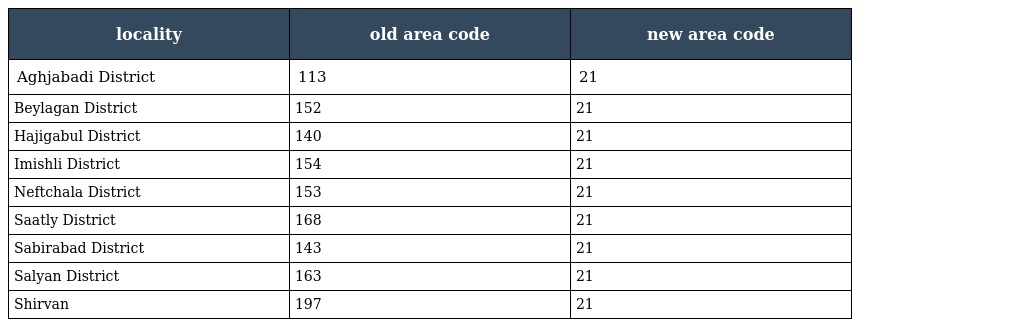
| locality | old area code | new area code |
 | --- | --- | --- |
 | Aghjabadi District | 113 | 21 |
 | Beylagan District | 152 | 21 |
 | Hajigabul District | 140 | 21 |
 | Imishli District | 154 | 21 |
 | Neftchala District | 153 | 21 |
 | Saatly District | 168 | 21 |
 | Sabirabad District | 143 | 21 |
 | Salyan District | 163 | 21 |
 | Shirvan | 197 | 21 |